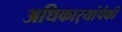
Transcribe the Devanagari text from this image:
अधिकार्‍यांपैकी